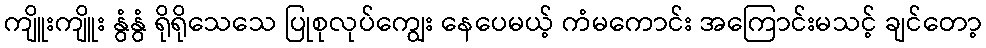
ကျိူးကျိူး နွံနွံ ရိုရိုသေသေ ပြုစုလုပ်ကျွေး နေပေမယ့် ကံမကောင်း အကြောင်းမသင့် ချင်တော့